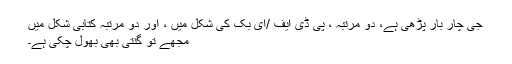
جی چار بار پڑھی ہے، دو مرتبہ ، پی ڈی ایف /ای بک کی شکل میں ، اور دو مرتبہ کتابی شکل میں
مجھے تو گنتی بھی بھول چکی ہے۔